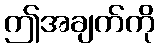
ဤအချက်ကို